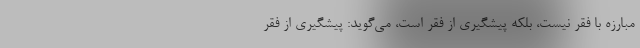
مبارزه با فقر نیست، بلکه پیشگیری از فقر است، می‌گوید: پیشگیری از فقر